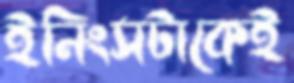
ইনিংসটাকেই